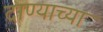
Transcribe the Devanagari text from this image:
दाण्याच्या